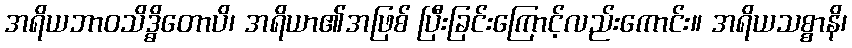
အရိယဘာဝသိဒ္ဓိတောပိ၊ အရိယာ၏အဖြစ် ပြီးခြင်းကြောင့်လည်းကောင်း။ အရိယသစ္စာနိ၊